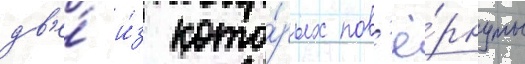
дв'е́ и́з кото́рых пов'ё́рнуты